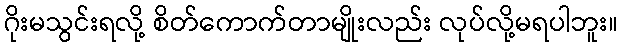
ဂိုးမသွင်းရလို့ စိတ်ကောက်တာမျိုးလည်း လုပ်လို့မရပါဘူး။